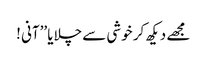
مجھے دیکھ کر خوشی سے چلایا ’’آنی !